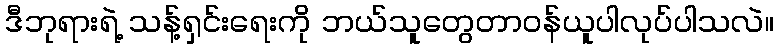
ဒီဘုရားရဲ့ သန့်ရှင်းရေးကို ဘယ်သူတွေတာဝန်ယူပါလုပ်ပါသလဲ။